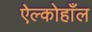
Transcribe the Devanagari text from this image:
ऐल्कोहाँल